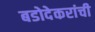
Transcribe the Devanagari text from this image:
बडोदेकरांची